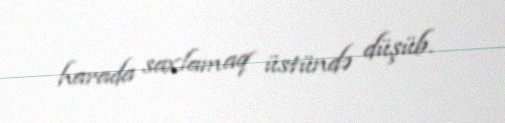
harada saxlamaq üstündə düşüb.